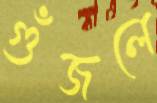
গুঁজলে